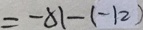
= - 8 1 - ( - 1 2 )